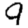
Digit: 9